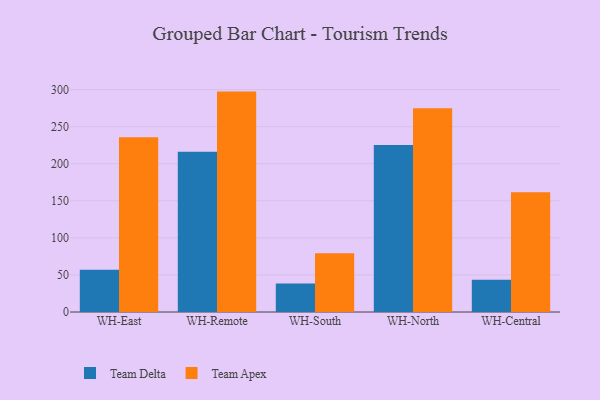
{"axis": {"x": "Warehouse", "y": "Page Views"}, "legend": ["Team Apex", "Team Delta"], "data": [{"x": "WH-East", "y": 57.1, "type": "Team Delta"}, {"x": "WH-East", "y": 235.7, "type": "Team Apex"}, {"x": "WH-Remote", "y": 216.1, "type": "Team Delta"}, {"x": "WH-Remote", "y": 297.3, "type": "Team Apex"}, {"x": "WH-South", "y": 38.3, "type": "Team Delta"}, {"x": "WH-South", "y": 79.3, "type": "Team Apex"}, {"x": "WH-North", "y": 225.1, "type": "Team Delta"}, {"x": "WH-North", "y": 274.9, "type": "Team Apex"}, {"x": "WH-Central", "y": 43.4, "type": "Team Delta"}, {"x": "WH-Central", "y": 161.7, "type": "Team Apex"}]}